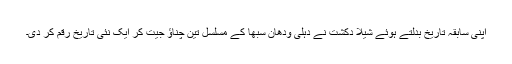
اپنی سابقہ تاریخ بدلتے ہوئے شیلا دکشت نے دہلی ودھان سبھا کے مسلسل تین چناؤ جیت کر ایک نئی تاریخ رقم کر دی۔